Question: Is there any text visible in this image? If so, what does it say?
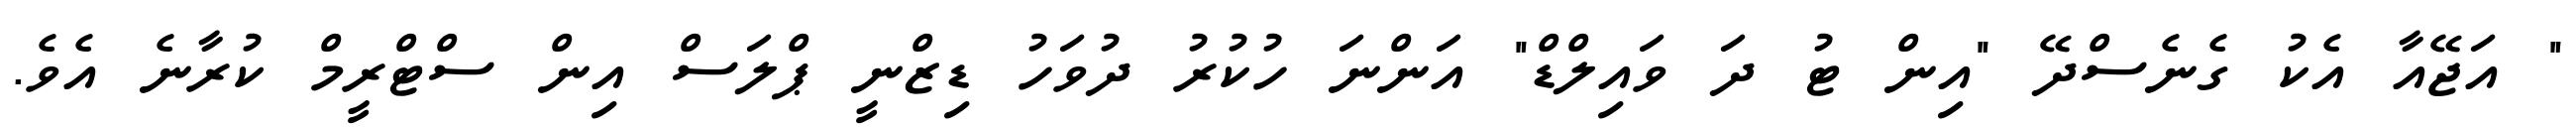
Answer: " އަޖޭއާ އެކު ގެނެސްދޭ "އިން ޓު ދަ ވައިލްޑް" އަންނަ ހުކުރު ދުވަހު ޑިޒްނީ ޕްލަސް އިން ސްޓްރީމް ކުރާނެ އެވެ.